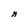
Character: n